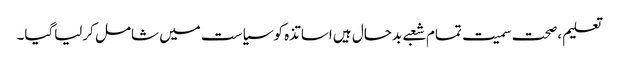
تعلیم ،صحت سمیت تمام شعبے بدحال ہیں اساتذہ کو سیاست میں شامل کرلیاگیا۔